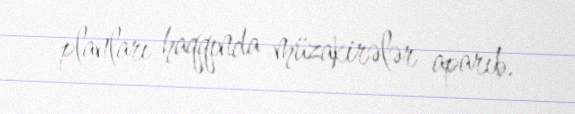
planları haqqında müzakirələr aparıb.